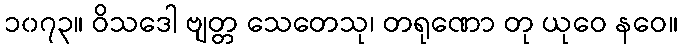
၁၀၇၃။ ဝိသဒေါ ဗျတ္တ သေတေသု၊ တရုဏော တု ယုဝေ နဝေ။